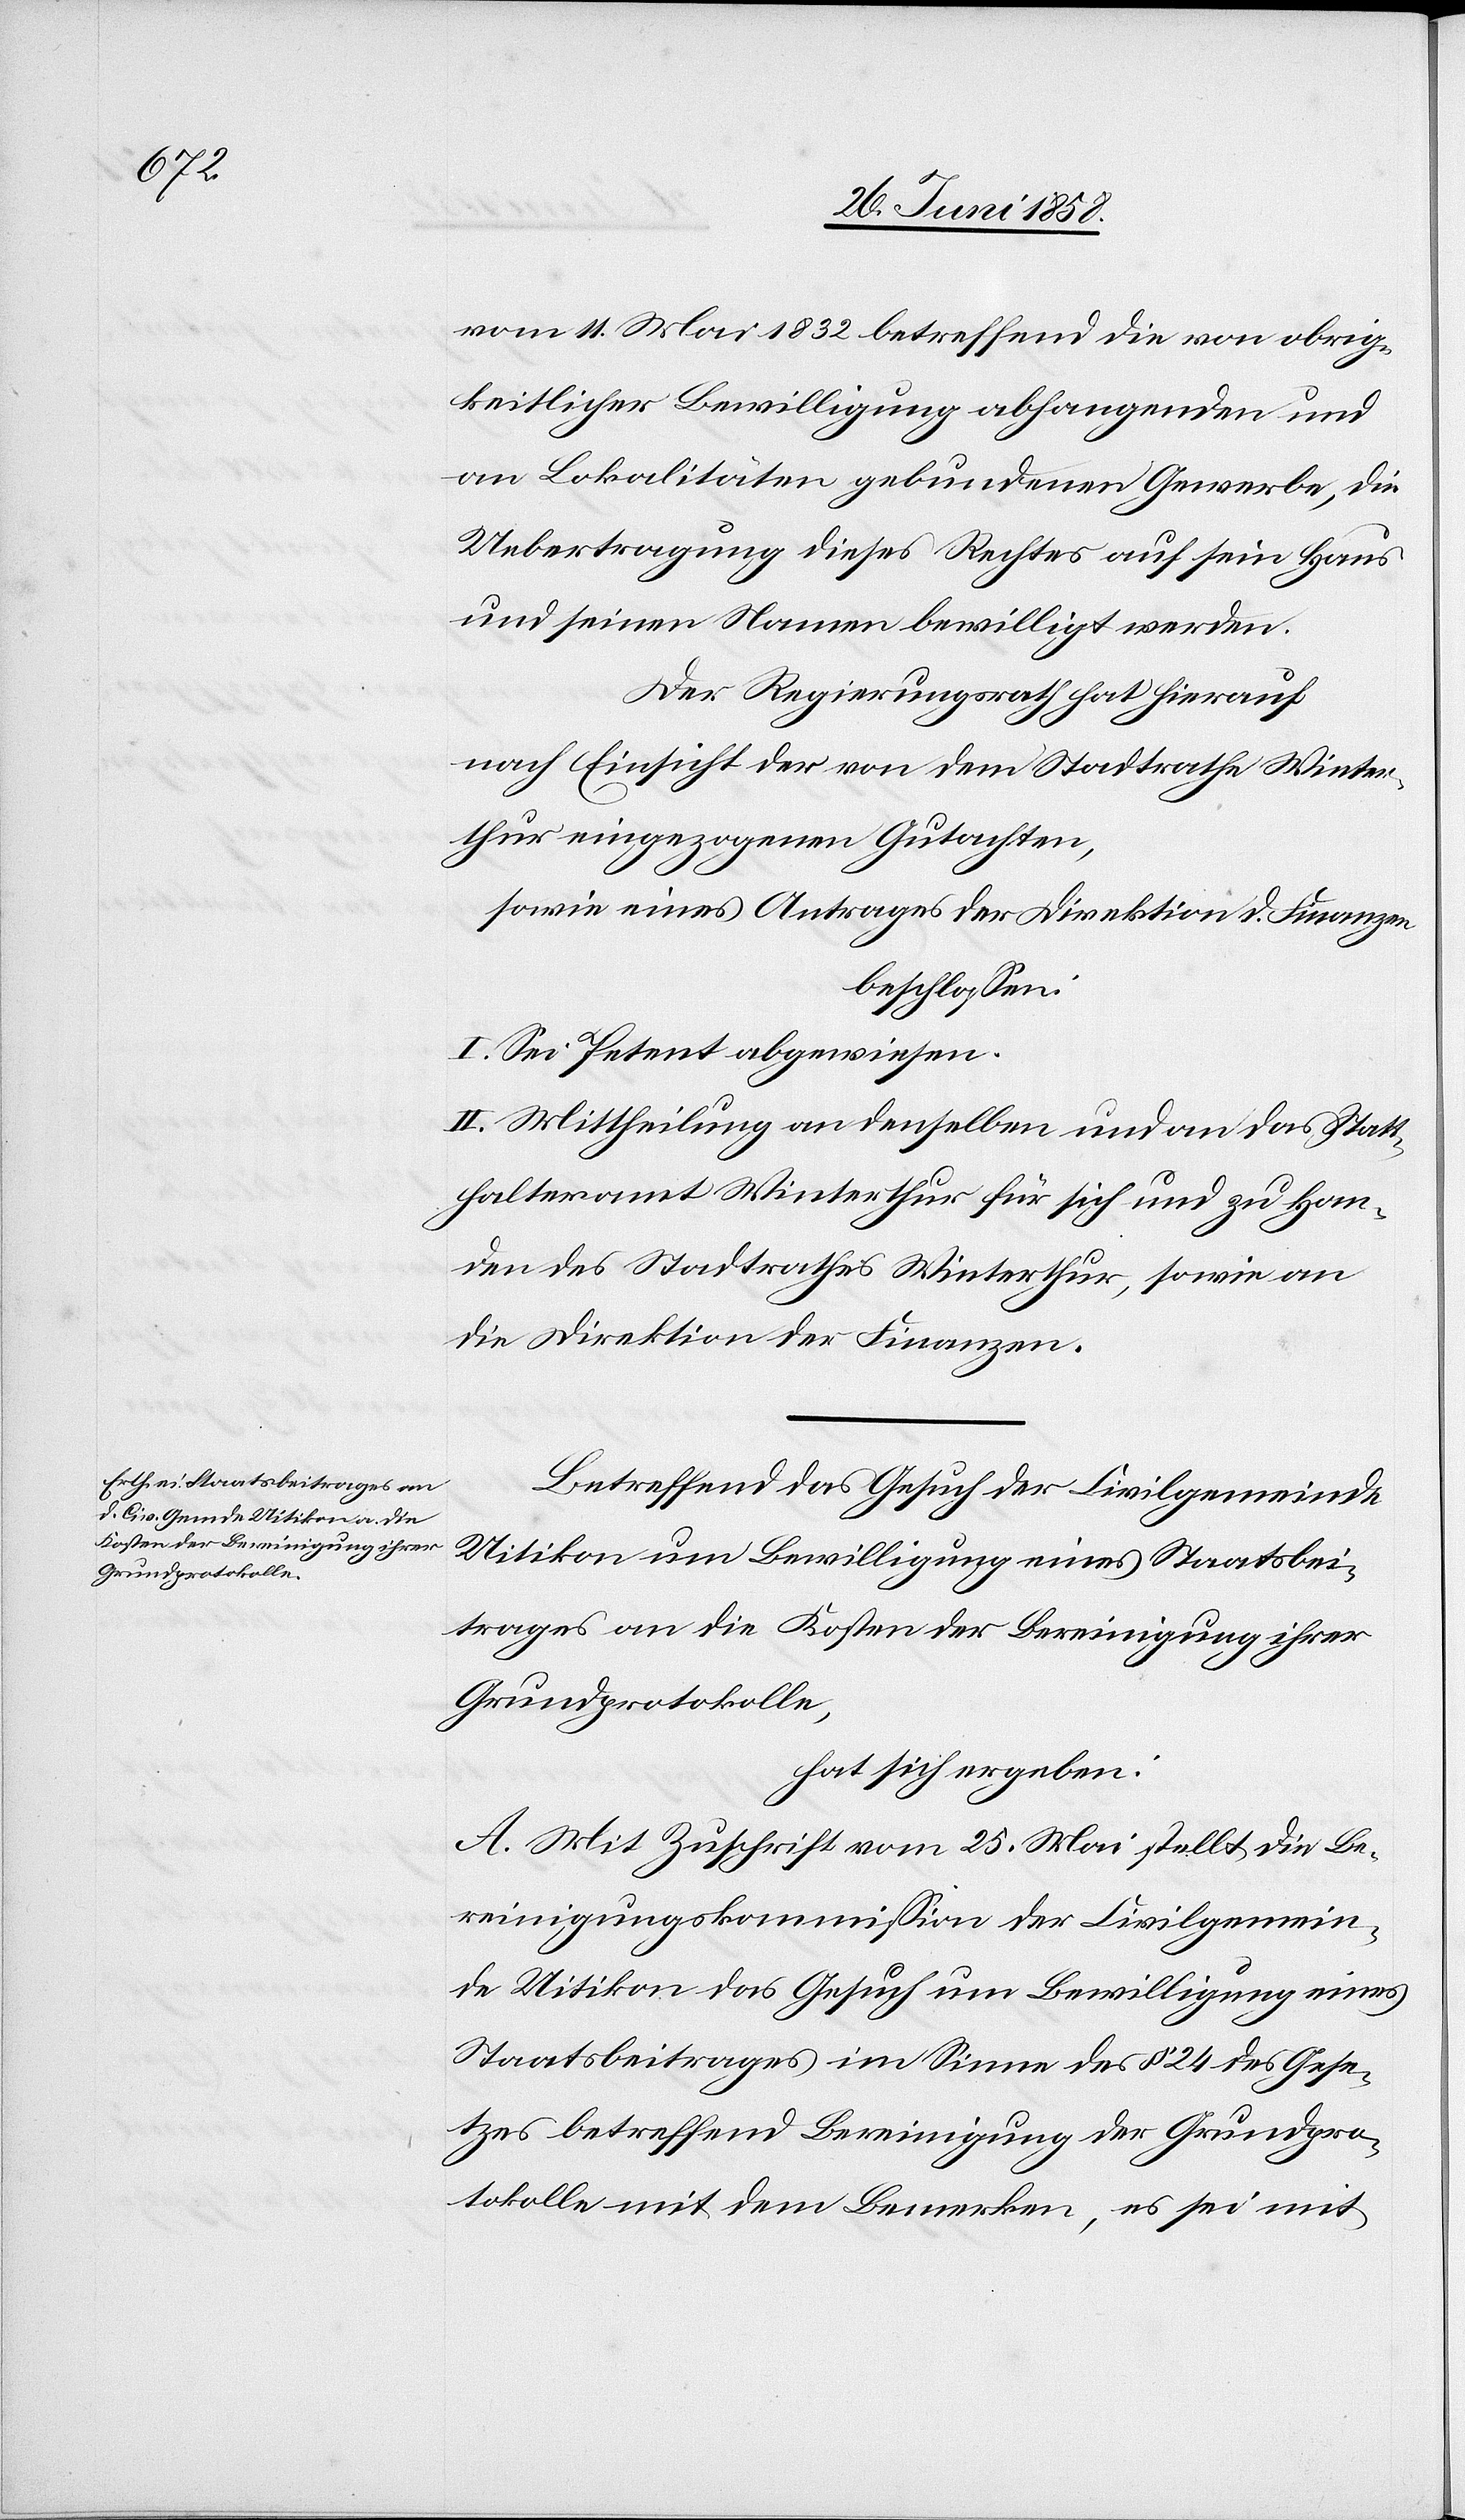
vom 11. Mai 1832 betreffend die von obrig¬
keitlicher Bewilligung abhangenden und
an Lokalitäten gebundenen Gewerbe, die
Uebertragung dieses Rechtes auf sein Haus
und seinen Namen bewilligt werden.
Der Regierungsrath hat hierauf
nach Einsicht der von dem Stadtrathe Winter¬
thur eingezogenen Gutachten,
sowie eines Antrages der Direktion d. Finanzen
beschlossen:
I. Sei Petent abgewiesen.
II. Mittheilung an denselben und an das Statt¬
halteramt Winterthur für sich und zu Han¬
den des Stadtrathes Winterthur, sowie an
die Direktion der Finanzen.
Betreffend das Gesuch der Civilgemeinde
Uitikon um Bewilligung eines Staatsbei¬
trages an die Kosten der Bereinigung ihrer
Grundprotokolle,
hat sich ergeben:
A. Mit Zuschrift vom 25. Mai stellt die Be¬
reinigungskommission der Civilgemein¬
de Uitikon das Gesuch um Bewilligung eines
Staatsbeitrages im Sinne des § 24 des Gese¬
tzes betreffend Bereinigung der Grundpro¬
tokolle mit dem Bemerken, es sei mit